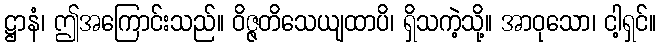
ဋ္ဌာနံ၊ ဤအကြောင်းသည်။ ဝိဇ္ဇတိသေယျထာပိ၊ ရှိသကဲ့သို့။ အာဝုသော၊ ငါ့ရှင်။